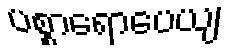
ပစ္စာရောပေယျ